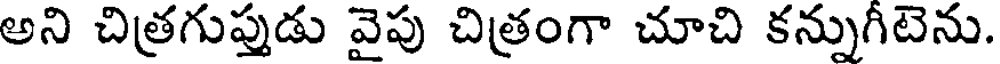
అని చిత్రగుప్తుడు వైపు చిత్రంగా చూచి కన్నుగీటెను.